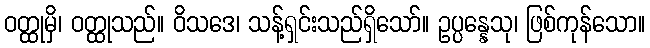
ဝတ္ထုမှိ၊ ဝတ္ထုသည်။ ဝိသဒေ၊ သန့်ရှင်းသည်ရှိသော်။ ဥပ္ပန္နေသု၊ ဖြစ်ကုန်သော။